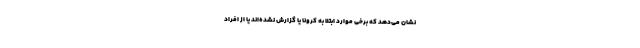
نشان می‌دهد که برخی موارد ابتلا به کرونا یا گزارش نشده‌اند یا از افراد